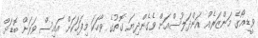
ވީޑިއޯގެ މަންޒަރެއް އަންދަލުސްއަށް ވެގެންދިޔަ ގޮތުގެ ވާހަކަ މިފަހަކަށް އައިސް ވަރަށް ބޮޑަށް